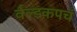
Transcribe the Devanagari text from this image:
र्वल्डकपचं